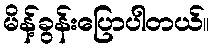
မိန့်ခွန်းပြောပါတယ်။